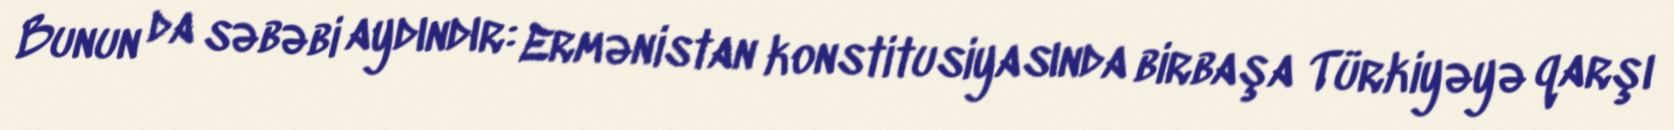
Bunun da səbəbi aydındır: Ermənistan konstitusiyasında birbaşa Türkiyəyə qarşı